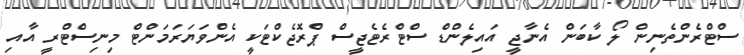
ސްޓްރެންތެނިން ލޯ ކާބަން އެނާޖީ އައިލެންޑް ސްޓްރެޓެޖީސް ޕްރޮޖެކްޓަކީ އެންވަޔަރަމަންޓް މިނިސްޓްރީ އާއި